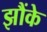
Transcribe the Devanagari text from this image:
झौंके